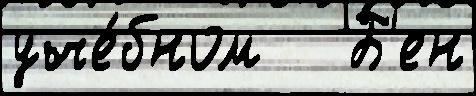
уче́бном   Б'ен